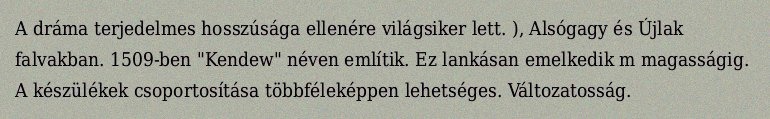
A dráma terjedelmes hosszúsága ellenére világsiker lett. ), Alsógagy és Újlak falvakban. 1509-ben "Kendew" néven említik. Ez lankásan emelkedik m magasságig. A készülékek csoportosítása többféleképpen lehetséges. Változatosság.